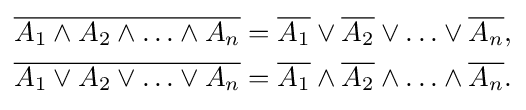
{\begin{aligned}{\overline {A_{1}\land A_{2}\land \ldots \land A_{n}}}={\overline {A_{1}}}\lor {\overline {A_{2}}}\lor \ldots \lor {\overline {A_{n}}},\\{\overline {A_{1}\lor A_{2}\lor \ldots \lor A_{n}}}={\overline {A_{1}}}\land {\overline {A_{2}}}\land \ldots \land {\overline {A_{n}}}.\end{aligned}}